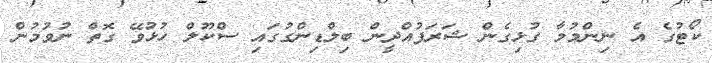
ކޯޓުގެ އެ ނިންމުމާ ގުޅިގެން ޝަރަފުއްދީން ބިލްޑިންގުގައި ސްކޫލް ހުޅުވޭ ގޮތް ނުވުމުން